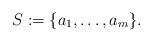
LaTeX: \begin{align*}S:=\{a_1,\ldots,a_m\}.\end{align*}